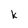
Character: k